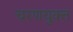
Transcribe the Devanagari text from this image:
चरणयुक्त